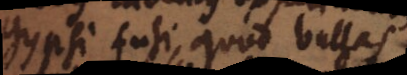
gypsi fusi, quod bullas